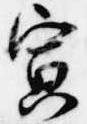
寅